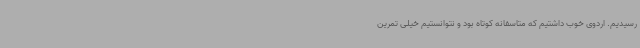
رسیدیم. اردوی خوب داشتیم که متاسفانه کوتاه بود و نتوانستیم خیلی تمرین